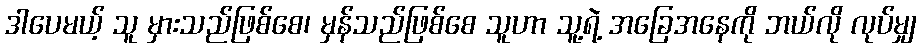
ဒါပေမယ့် သူ မှားသည်ဖြစ်စေ၊ မှန်သည်ဖြစ်စေ သူဟာ သူ့ရဲ့ အခြေအနေကို ဘယ်လို လုပ်မျှ